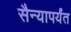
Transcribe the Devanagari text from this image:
सैन्यापर्यंत